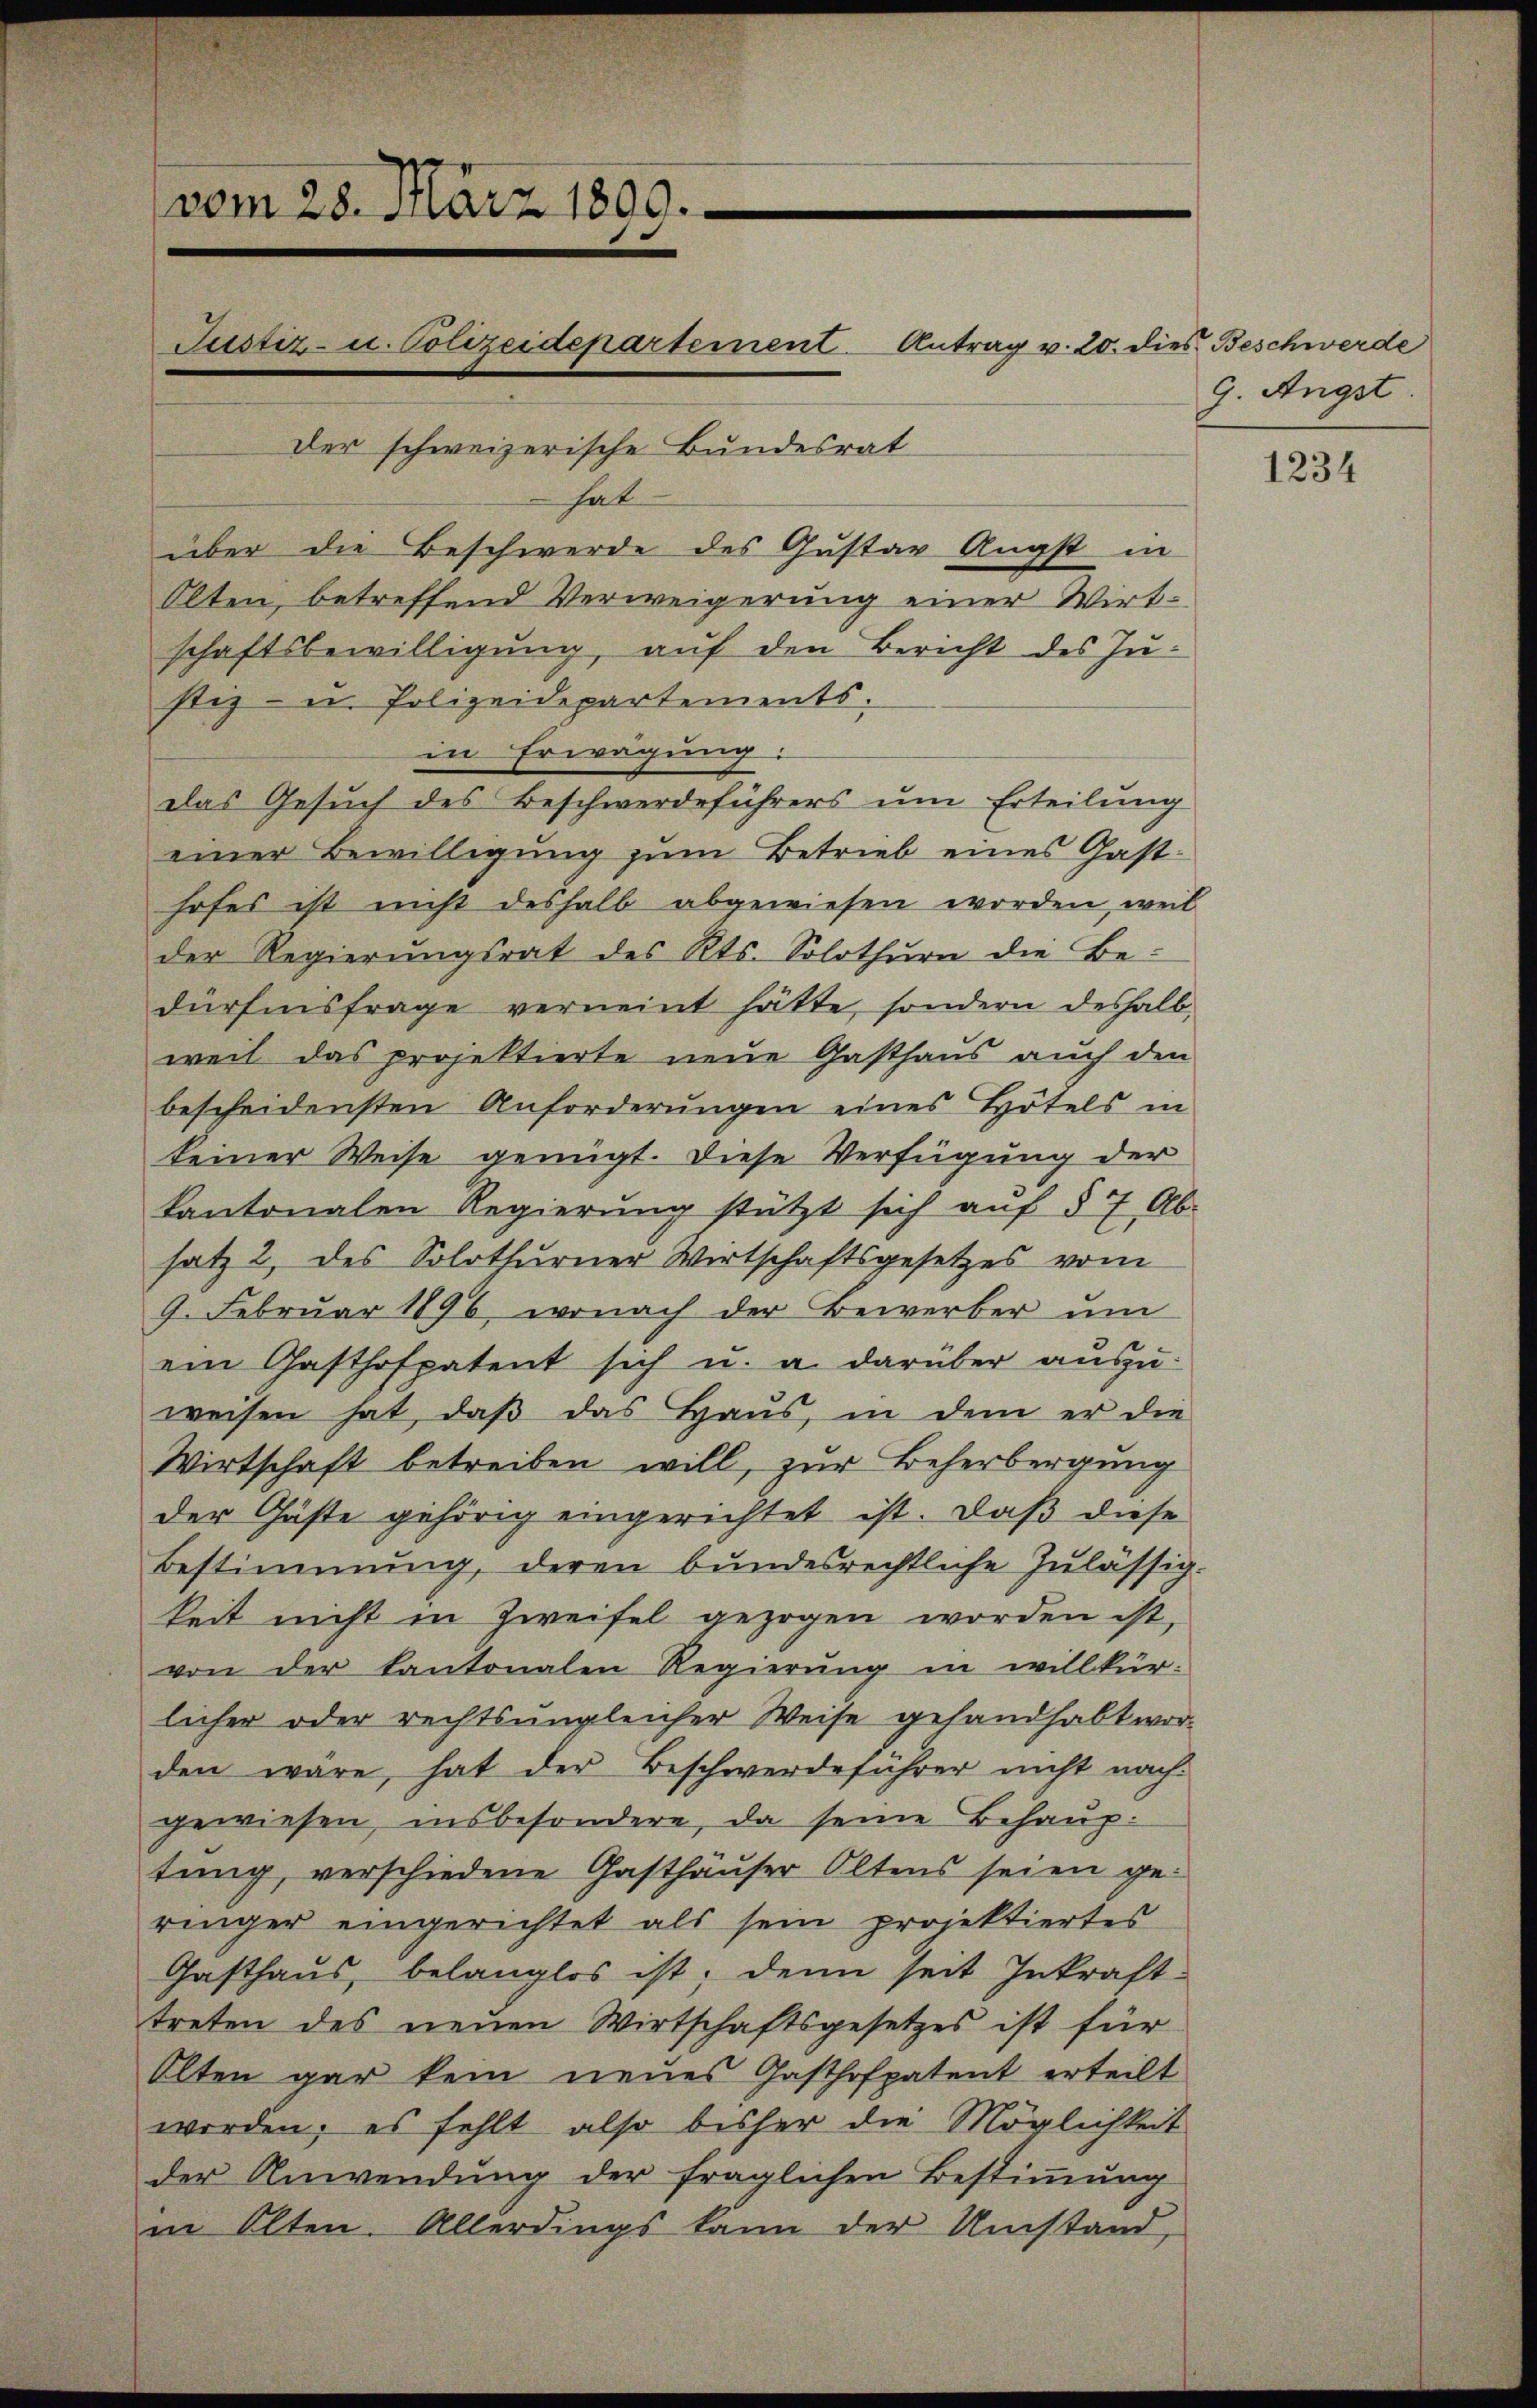
vom 28. März 1800.
Justiz- u. Polizeidepartement Antrag v. 20. dies Beschwerde
der schweizerische Bundesrat
hat
über die Beschwerde des Gustav Angst in

Olten, betreffend Verweigerung einer Wirtschaftsbewilligung, auf den Bericht des Justiz- u. Polizeidepartements.
in Erwägung:
das Gesuch des Beschwerdeführers um Erteilung
einer Bewilligung zum Betrieb eines Gasthofes ist nicht deshalb abgewiesen worden, weil
der Regierungsrat des Kts. Solothurn die Be-
dürfnisfrage verneint hätte, sondern deshalb
weil das projektierte neue Gasthaus auch den
bescheidensten Anforderŭngen eines Hotels in
keiner Weise genügt. Diese Verfügung der
kantonalen Regierŭng stützt sich aŭf § 7 Ab-
satz 2 des Solothurner Wirtschaftsgesetzes vom
9. Februar 1896, wonach der Bewerber ŭm
ein Gasthofpatent sich u. a. darüber auszuweisen hat, daß das Haus, in dem er die
Wirtschaft betreiben will, zur Beherbergung
der Gäste gehörig eingerichtet ist. Daß diese
Bestimmung, deren bundesrechtliche Zulässig-
keit nicht in Zweifel gezogen worden ist,
von der Kantonalen Regierung in willkür-
licher oder rechts ungleicher Weise gehandhabt wor-
den wäre, hat der Beschwerdeführer nicht nach
gewiesen, insbesondere, da seine Behauptung, verschiedene Gasthäuser Oltens seien geringer eingerichtet als sein projektiertes
Gasthaus, belanglos ist; denn seit Inkraft-
treten des neuen Wirtschaftsgesetzes ist für
Olten gar kein neues Gasthofpatent erteilt
werden, es fehlt also bisher die Möglichkeit
der Anwendung der fraglichen Bestimmung
in Olten. Allerdings kann der Umstand,

9. Augst

1234